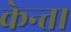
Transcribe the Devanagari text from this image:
केन्ता